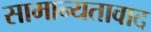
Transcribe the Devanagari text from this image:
सामान्यतावाद